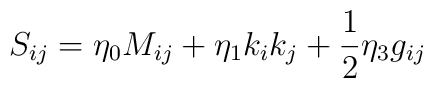
S_{ij}=\eta_{0}M_{ij}+\eta_{1}k_{i}k_{j}+{1 \over  2} \eta_{3}g_{ij}